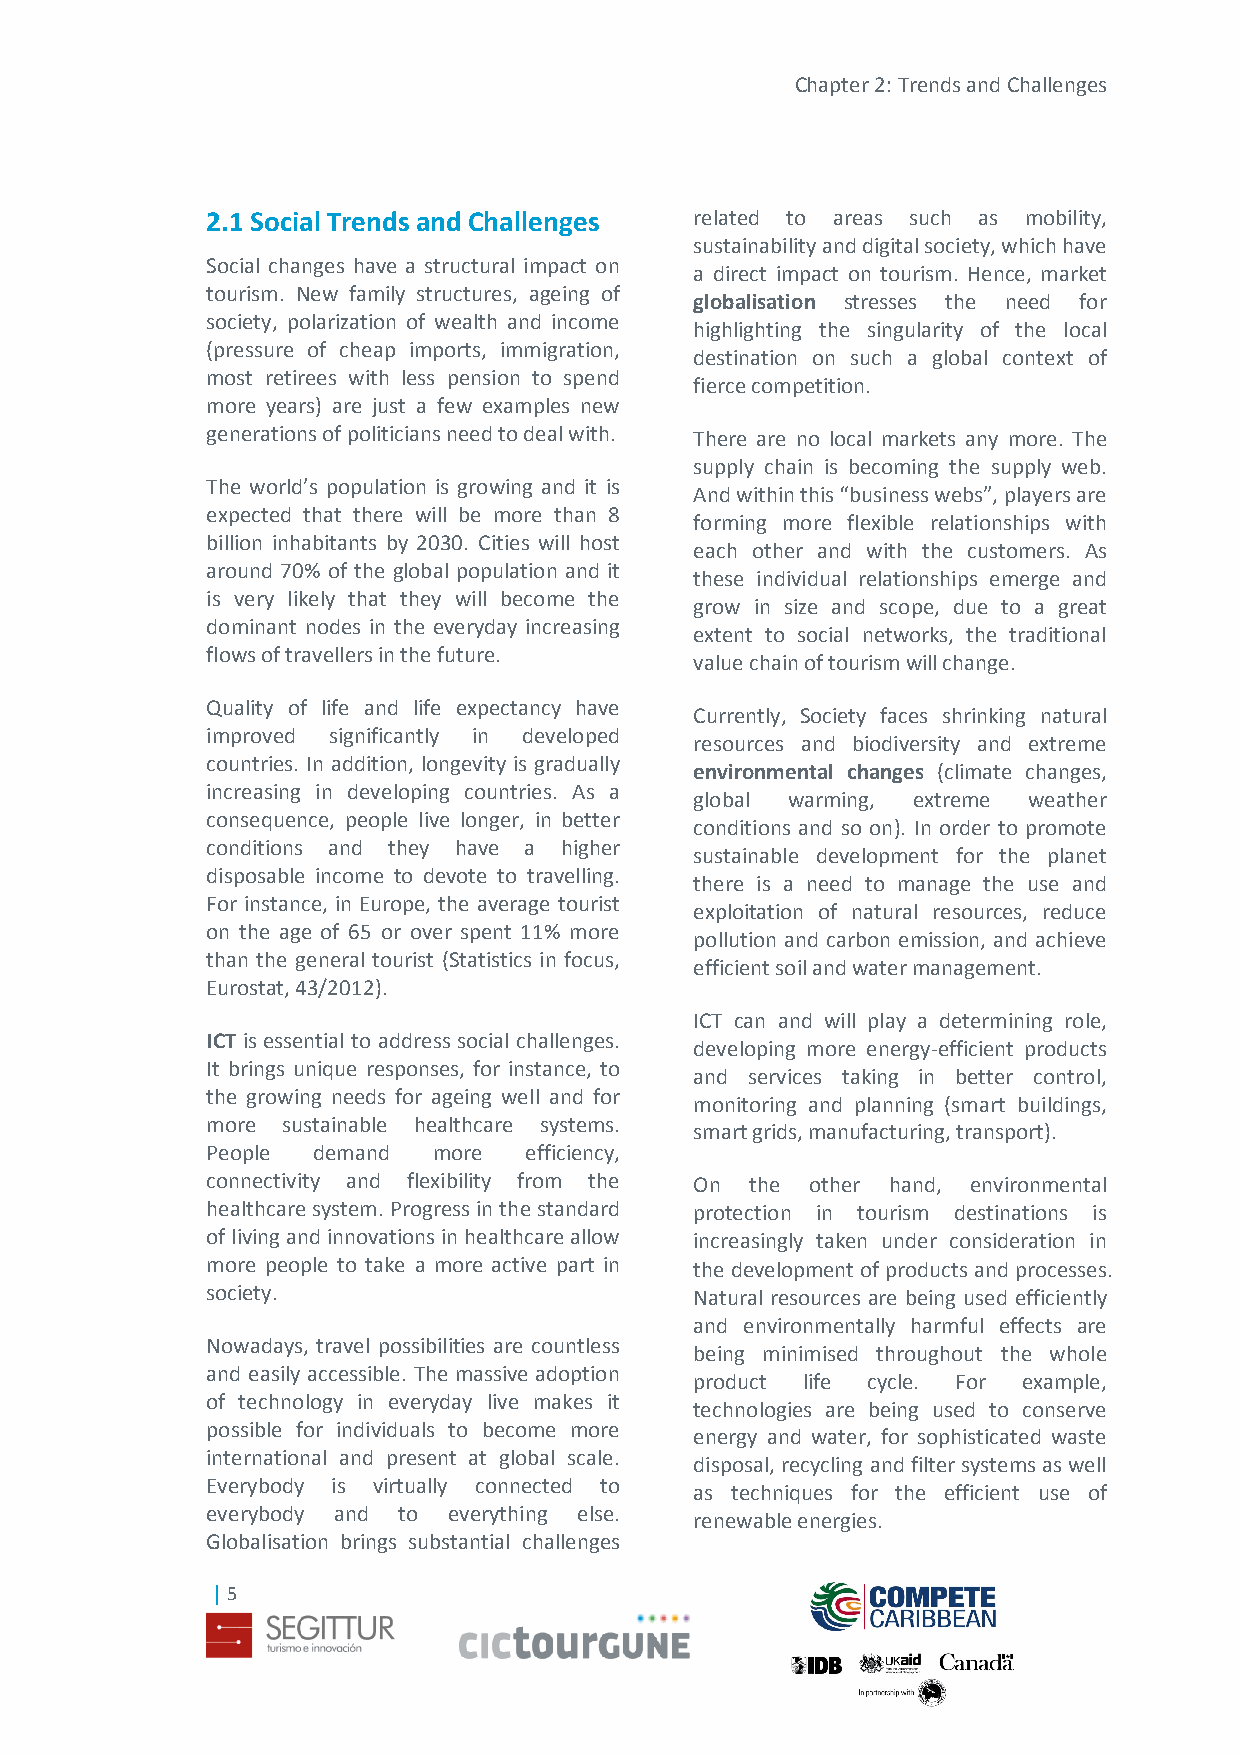
Chapter 2: Trends and Challenges
 2.1 Social Trends and Challenges related to areas such as mobility,
 sustainability and digital society, which have
 Social changes have a structural impact on
 a direct impact on tourism. Hence, market
 tourism. New family structures, ageing of
 globalisation stresses the need for
 society, polarization of wealth and income
 highlighting the singularity of the local
 (pressure of cheap imports, immigration,
 destination on such a global context of
 most retirees with less pension to spend
 fierce competition.
 more years) are just a few examples new
 generations of politicians need to deal with. There are no local markets any more. The
 supply chain is becoming the supply web.
 The world’s population is growing and it is
 And within this “business webs”, players are
 expected that there will be more than 8
 forming more flexible relationships with
 billion inhabitants by 2030. Cities will host
 each other and with the customers. As
 around 70% of the global population and it
 these individual relationships emerge and
 is very likely that they will become the
 grow in size and scope, due to a great
 dominant nodes in the everyday increasing
 extent to social networks, the traditional
 flows of travellers in the future.
 value chain of tourism will change.
 Quality of life and life expectancy have
 Currently, Society faces shrinking natural
 improved significantly in developed
 resources and biodiversity and extreme
 countries. In addition, longevity is gradually
 environmental changes (climate changes,
 increasing in developing countries. As a
 global warming, extreme weather
 consequence, people live longer, in better
 conditions and so on). In order to promote
 conditions and they have a higher
 sustainable development for the planet
 disposable income to devote to travelling.
 there is a need to manage the use and
 For instance, in Europe, the average tourist
 exploitation of natural resources, reduce
 on the age of 65 or over spent 11% more
 pollution and carbon emission, and achieve
 than the general tourist (Statistics in focus,
 efficient soil and water management.
 Eurostat, 43/2012).
 ICT can and will play a determining role,
 ICT is essential to address social challenges.
 developing more energy-efficient products
 It brings unique responses, for instance, to
 and services taking in better control,
 the growing needs for ageing well and for
 monitoring and planning (smart buildings,
 more sustainable healthcare systems.
 smart grids, manufacturing, transport).
 People demand  more  efficiency,
 connectivity and flexibility from the On the other hand, environmental
 healthcare system. Progress in the standard protection in tourism destinations is
 of living and innovations in healthcare allow increasingly taken under consideration in
 more people to take a more active part in the development of products and processes.
 society.                        Natural resources are being used efficiently
 and environmentally harmful effects are
 Nowadays, travel possibilities are countless
 being minimised throughout the whole
 and easily accessible. The massive adoption
 product life cycle. For example,
 of technology in everyday live makes it
 technologies are being used to conserve
 possible for individuals to become more
 energy and water, for sophisticated waste
 international and present at global scale.
 disposal, recycling and filter systems as well
 Everybody is virtually connected to
 as techniques for the efficient use of
 everybody and to everything else.
 renewable energies.
 Globalisation brings substantial challenges
 | 5